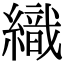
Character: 織